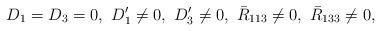
LaTeX: \begin{align*} D_1=D_3=0,\ D_1'\neq 0,\ D_3'\neq 0,\ \bar R_{113}\neq 0,\ \bar R_{133}\neq 0,\end{align*}